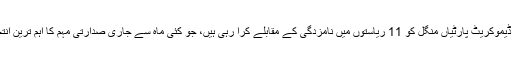
ریپبلیکن اور ڈیموکریٹ پارٹیاں منگل کو 11 ریاستوں میں نامزدگی کے مقابلے کرا رہی ہیں، جو کئی ماہ سے جاری صدارتی مہم کا اہم ترین انتخابی دِن ہوگا۔